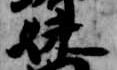
妹